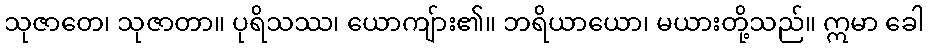
သုဇာတေ၊ သုဇာတာ။ ပုရိသဿ၊ ယောကျ်ား၏။ ဘရိယာယော၊ မယားတို့သည်။ ဣမာ ခေါ